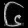
Digit: ၆